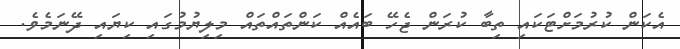
އެކަން ކުރުމަށްޓަކައި ތިބާ ކުރަން ޖެހޭ ބައެއް ކަންތައްތައް މިލިޔުމުގައި ކިޔައި ދޭނަމެވެ.